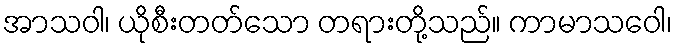
အာသဝါ၊ ယိုစီးတတ်သော တရားတို့သည်။ ကာမာသဝေါ၊